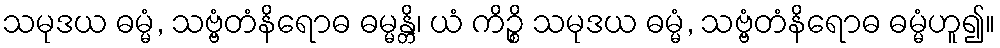
သမုဒယ ဓမ္မံ, သဗ္ဗံတံနိရောဓ ဓမ္မန္တိ၊ ယံ ကိဉ္စိ သမုဒယ ဓမ္မံ, သဗ္ဗံတံနိရောဓ ဓမ္မံဟူ၍။